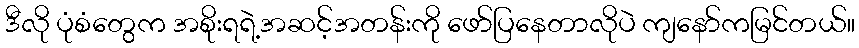
ဒီလို ပုံစံတွေက အစိုးရရဲ့အဆင့်အတန်းကို ဖော်ပြနေတာလိုပဲ ကျနော်ကမြင်တယ်။